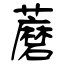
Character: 蘑